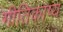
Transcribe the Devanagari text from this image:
गीतिकाष्य